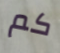
كم